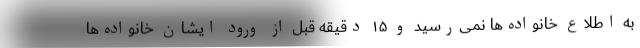
به اطلاع خانواده‌ها نمی‌رسید و ۱۵ دقیقه قبل از ورود ایشان خانواده‌ها